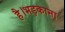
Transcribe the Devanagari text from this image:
है।भड़काना